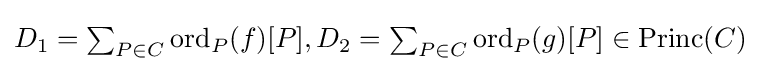
{\textstyle D_{1}=\sum _{P\in C}{\mathrm {ord} _{P}(f)[P]},D_{2}=\sum _{P\in C}{\mathrm {ord} _{P}(g)[P]}\in \mathrm {Princ} (C)}